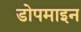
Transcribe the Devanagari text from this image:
डोपमाइन